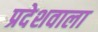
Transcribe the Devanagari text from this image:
प्रदेशवाला